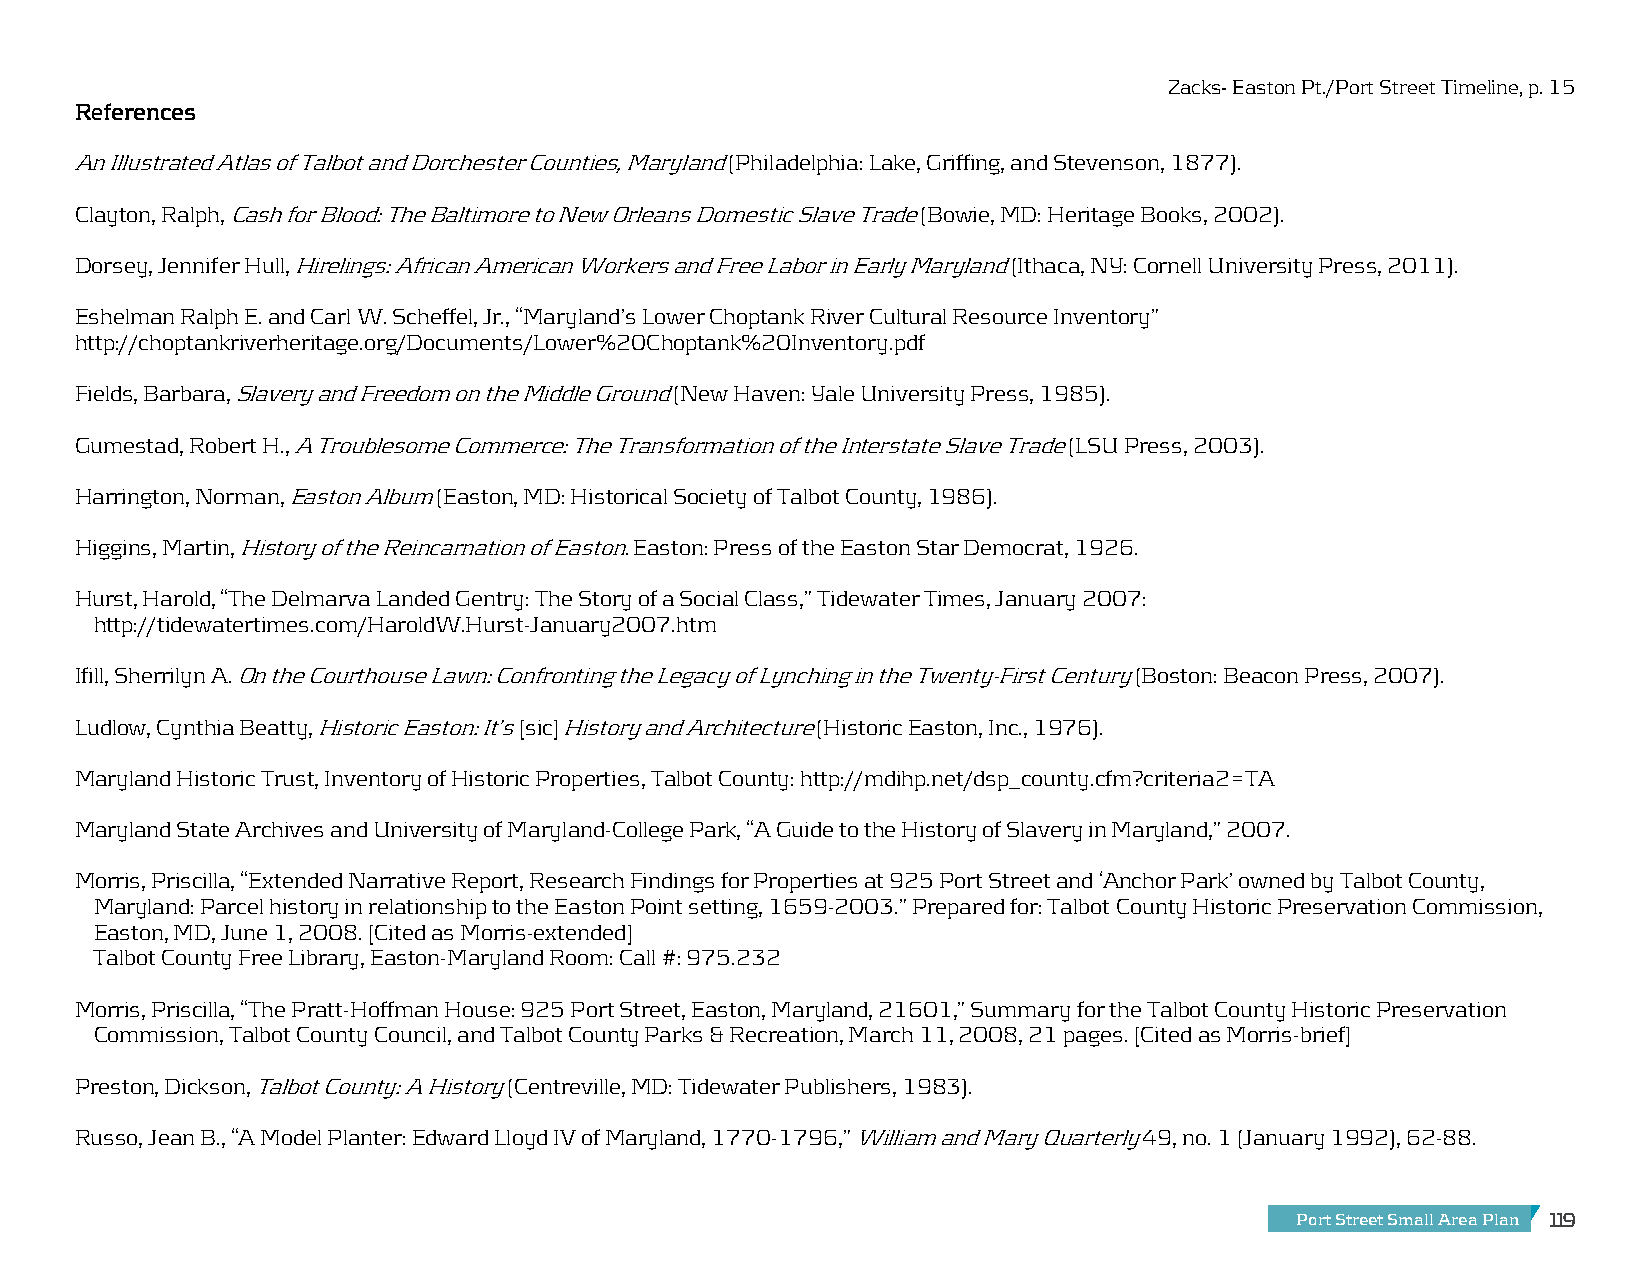
Zacks- Easton Pt./Port Street Timeline, p. 15
 RRRReeeeffffeeeerrrreeeennnncccceeeessss
 An Illustrated Atlas of Talbot and Dorchester Counties, Maryland (Philadelphia: Lake, Griffing, and Stevenson, 1877).
 Clayton, Ralph, Cash for Blood: The Baltimore to New Orleans Domestic Slave Trade (Bowie, MD: Heritage Books, 2002).
 Dorsey, Jennifer Hull, Hirelings: African American Workers and Free Labor in Early Maryland (Ithaca, NY: Cornell University Press, 2011).
 Eshelman Ralph E. and Carl W. Scheffel, Jr., “Maryland’s Lower Choptank River Cultural Resource Inventory”
 http://choptankriverheritage.org/Documents/Lower%20Choptank%20Inventory.pdf
 Fields, Barbara, Slavery and Freedom on the Middle Ground (New Haven: Yale University Press, 1985).
 Gumestad, Robert H., A Troublesome Commerce: The Transformation of the Interstate Slave Trade (LSU Press, 2003).
 Harrington, Norman, Easton Album (Easton, MD: Historical Society of Talbot County, 1986).
 Higgins, Martin, History of the Reincarnation of Easton. Easton: Press of the Easton Star Democrat, 1926.
 Hurst, Harold, “The Delmarva Landed Gentry: The Story of a Social Class,” Tidewater Times, January 2007:
 http://tidewatertimes.com/HaroldW.Hurst-January2007.htm
 Ifill, Sherrilyn A. On the Courthouse Lawn: Confronting the Legacy of Lynching in the Twenty-First Century (Boston: Beacon Press, 2007).
 Ludlow, Cynthia Beatty, Historic Easton: It’s [sic] History and Architecture (Historic Easton, Inc., 1976).
 Maryland Historic Trust, Inventory of Historic Properties, Talbot County: http://mdihp.net/dsp_county.cfm?criteria2=TA
 Maryland State Archives and University of Maryland-College Park, “A Guide to the History of Slavery in Maryland,” 2007.
 Morris, Priscilla, “Extended Narrative Report, Research Findings for Properties at 925 Port Street and ‘Anchor Park’ owned by Talbot County,
 Maryland: Parcel history in relationship to the Easton Point setting, 1659-2003.” Prepared for: Talbot County Historic Preservation Commission,
 Easton, MD, June 1, 2008. [Cited as Morris-extended]
 Talbot County Free Library, Easton-Maryland Room: Call #: 975.232
 Morris, Priscilla, “The Pratt-Hoffman House: 925 Port Street, Easton, Maryland, 21601,” Summary for the Talbot County Historic Preservation
 Commission, Talbot County Council, and Talbot County Parks & Recreation, March 11, 2008, 21 pages. [Cited as Morris-brief]
 Preston, Dickson, Talbot County: A History (Centreville, MD: Tidewater Publishers, 1983).
 Russo, Jean B., “A Model Planter: Edward Lloyd IV of Maryland, 1770-1796,” William and Mary Quarterly 49, no. 1 (January 1992), 62-88.
 Port Street Small Area Plan 119